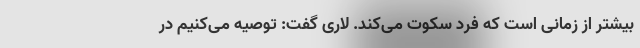
بیشتر از زمانی است که فرد سکوت می‌کند. لاری گفت: توصیه می‌کنیم در